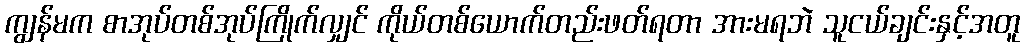
ကျွန်မက စာအုပ်တစ်အုပ်ကြိုက်လျှင် ကိုယ်တစ်ယောက်တည်းဖတ်ရတာ အားမရဘဲ သူငယ်ချင်းနှင့်အတူ